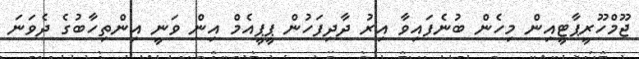
ޖޫމްހޫރީޕާޓީއިން މިހެން ބުނެފައިވާ އިރު ދާދިފަހުން ޕީޕީއެމް އިން ވަނީ އިންތިހާބުގެ ދެވަނަ